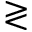
\gtrless